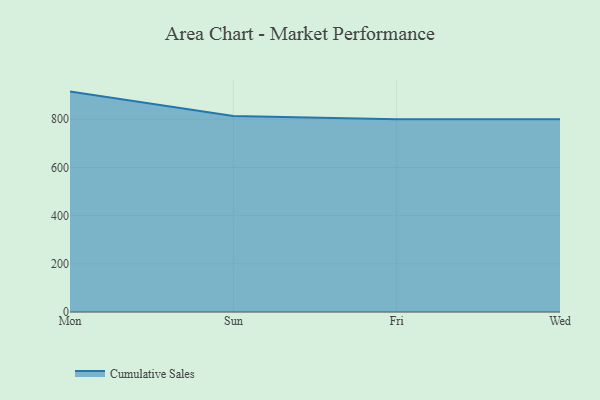
{"axis": {"x": "Day", "y": "Budget (USD K)"}, "legend": ["Cumulative Sales"], "data": [{"x": "Mon", "y": 914.8, "type": "Cumulative Sales"}, {"x": "Sun", "y": 813.5, "type": "Cumulative Sales"}, {"x": "Fri", "y": 800, "type": "Cumulative Sales"}, {"x": "Wed", "y": 800, "type": "Cumulative Sales"}]}